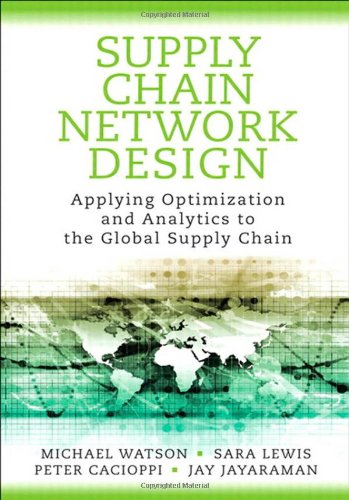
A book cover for Supply Chain Network Design: Applying Optimization and Analytics to the Global Supply Chain (FT Press Operations Management); Michael Watson; Business & Money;